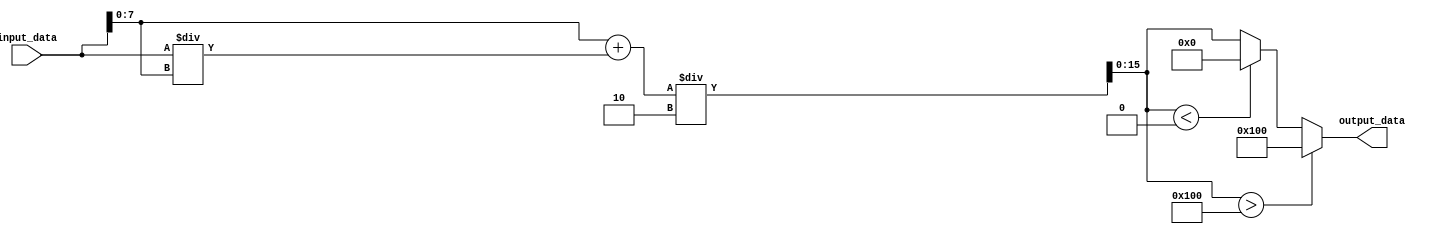
module sqrt_fixed_point(
    input [15:0] input_data, // Fixed-point input data
    output reg [15:0] output_data // Fixed-point output data
);

// Separate integer and fractional parts of input data
reg [7:0] integer_part;
reg [7:0] fractional_part;

always @* begin
    integer_part = input_data[15:8];
    fractional_part = input_data[7:0];
end

// Square root approximation algorithm using Newton's method
reg [15:0] approx_sqrt;
reg [15:0] next_approx_sqrt;

always @* begin
    approx_sqrt = {8'b0, {fractional_part}}; // Initial guess for square root
    next_approx_sqrt = (approx_sqrt + (input_data / approx_sqrt)) / 2; // Newton's method iteration
end

// Handling of overflow and underflow conditions
always @* begin
    if(next_approx_sqrt > (16'b1 << 8)) begin // Check for overflow condition
        output_data = (16'b1 << 8);
    end else if(next_approx_sqrt < (16'b1 >> 8)) begin // Check for underflow condition
        output_data = 0;
    end else begin
        output_data = next_approx_sqrt;
    end
end

endmodule